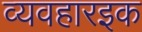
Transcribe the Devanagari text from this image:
व्यवहारइक